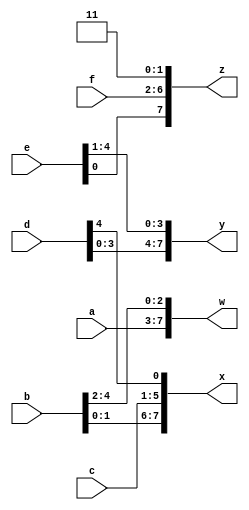
// This program was cloned from: https://github.com/matthlud/HDLBits
// License: Apache License 2.0

module top_module (
    input [4:0] a, b, c, d, e, f,
    output [7:0] w, x, y, z );//
  
    wire [31:0] concat_reg; //raise an error when work with reg. Reason unknown???
    assign concat_reg = {a[4:0], b[4:0], c[4:0], d[4:0], e[4:0], f[4:0], 2'b11};
    assign w = concat_reg[31:24];
    assign x = concat_reg[23:16];
    assign y = concat_reg[15:8];
    assign z = concat_reg[7:0];

endmodule